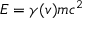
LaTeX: E = \gamma ( v ) m c ^ { 2 }